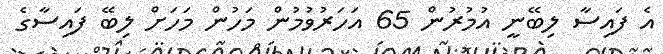
އެ ފައިސާ ލިބޭނީ އުމުރުން 65 އަހަރުވުމުން މަހުން މަހަށް ލިބޭ ފައިސާގެ